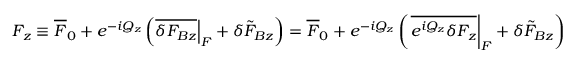
F _ { z } \equiv \overline { { F } } _ { 0 } + e ^ { - i Q _ { z } } \left( \overline { { \delta F _ { B z } } } \Big | _ { F } + \delta \tilde { F } _ { B z } \right) = \overline { { F } } _ { 0 } + e ^ { - i Q _ { z } } \left( \left. \overline { { e ^ { i Q _ { z } } \delta F _ { z } } } \right| _ { F } + \delta \tilde { F } _ { B z } \right)